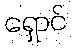
ရှောင်